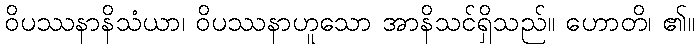
ဝိပဿနာနိသံယာ၊ ဝိပဿနာဟူသော အာနိသင်ရှိသည်။ ဟောတိ၊ ၏။